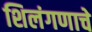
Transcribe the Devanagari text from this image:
शिलंगणाचे